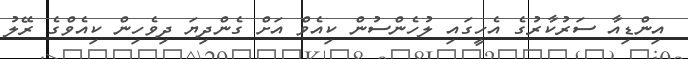
އިންޑިއާ ސަރުކާރުގެ އެހީގައި ލުހެންސުން ކިއެވް އަށް ގެންދިޔަ ދިވެހިން ކިއެވްގެ ރޭލު